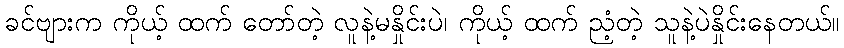
ခင်ဗျားက ကိုယ့် ထက် တော်တဲ့ လူနဲ့မနှိုင်းပဲ၊ ကိုယ့် ထက် ညံ့တဲ့ သူနဲ့ပဲနှိုင်းနေတယ်။